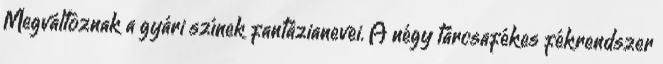
Megváltoznak a gyári színek fantázianevei. A négy tárcsafékes fékrendszer